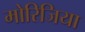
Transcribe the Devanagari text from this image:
मोरिजिया